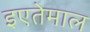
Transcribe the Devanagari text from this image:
इएतेमाल